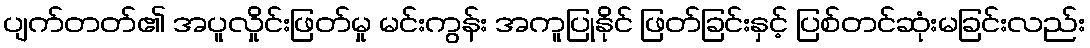
ပျက်တတ်၏ အပူလှိုင်းဖြတ်မှု မင်းကွန်း အကူပြုနိုင် ဖြတ်ခြင်းနှင့် ပြစ်တင်ဆုံးမခြင်းလည်း